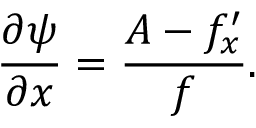
\frac { \partial \psi } { \partial x } = \frac { A - f _ { x } ^ { \prime } } { f } .